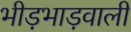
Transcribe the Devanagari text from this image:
भीड़भाड़वाली